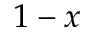
1 - x